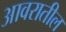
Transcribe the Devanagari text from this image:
आवरातील